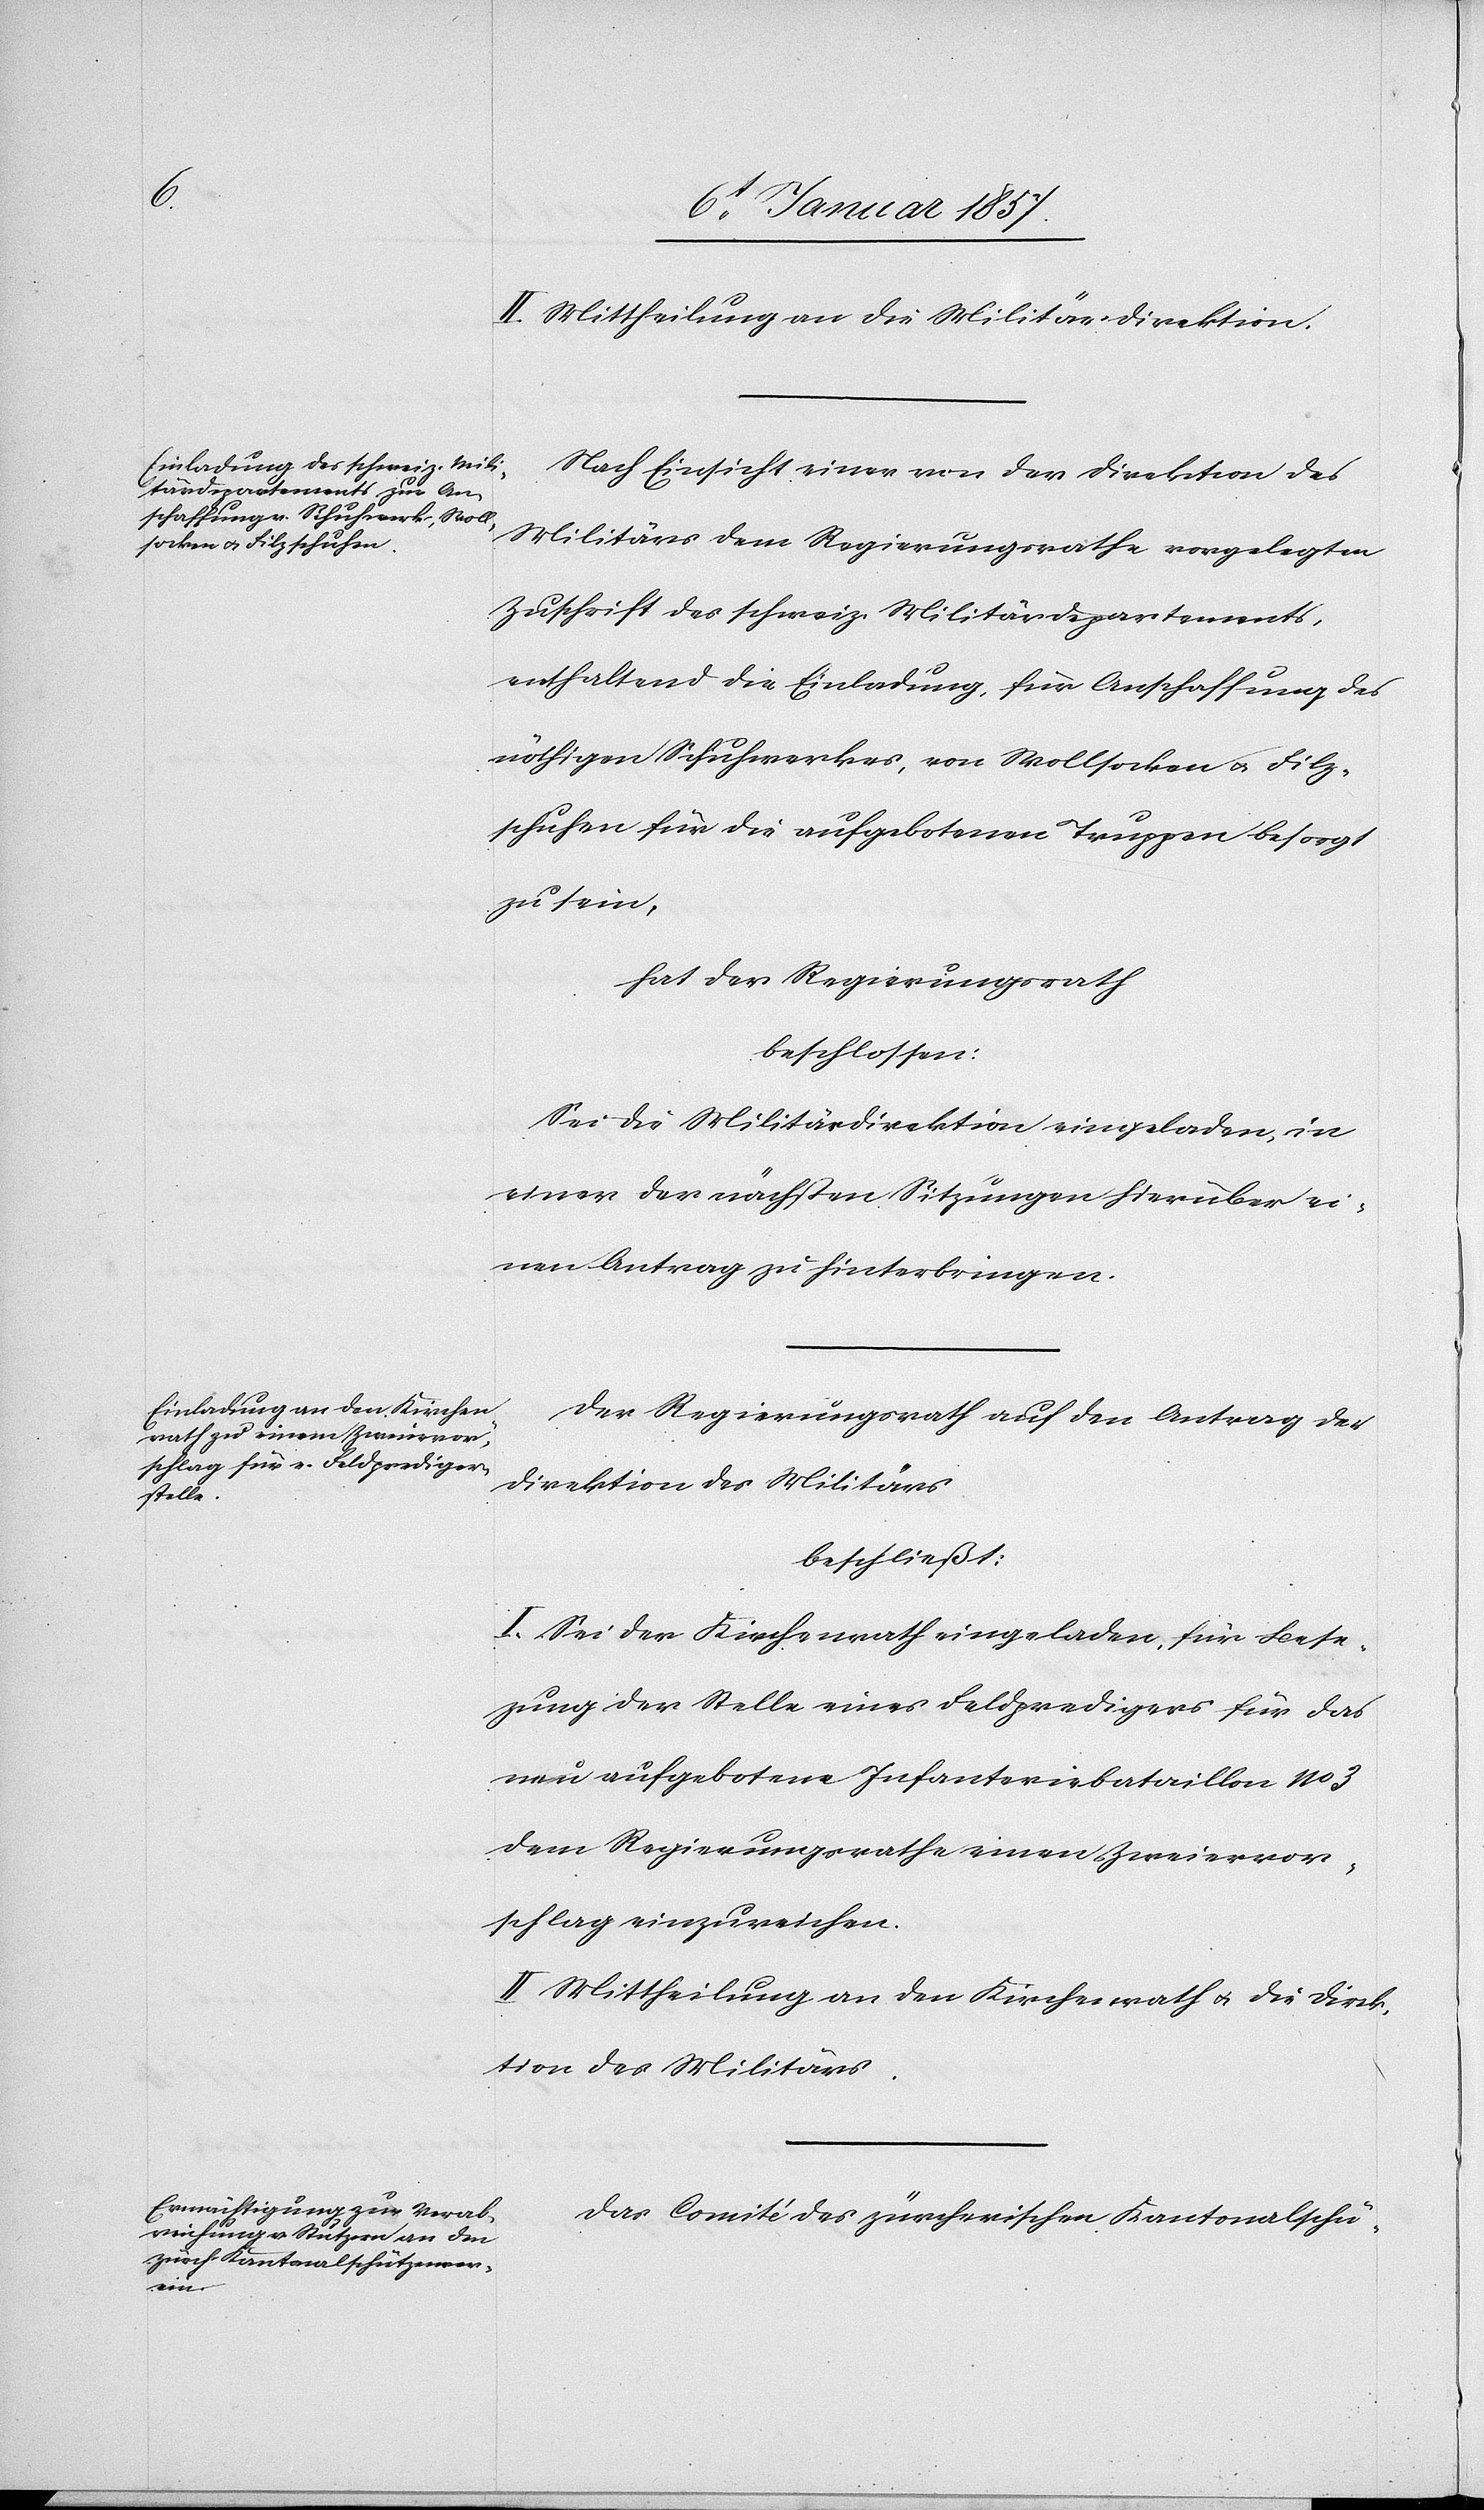
II. Mittheilung an die Militärdirektion.
Nach Einsicht einer von der Direktion des
Militärs dem Regierungsrathe vorgelegten
Zuschrift des schweiz. Militärdepartements,
enthaltend die Einladung, für Anschaffung des
nöthigen Schuhwerkes, von Wollsocken u. Filz¬
schuhen für die aufgebotenen Truppen besorgt
zu sein,
hat der Regierungsrath
beschlossen:
Sei die Militärdirektion eingeladen, in
einer der nächsten Sitzungen hierüber ei¬
nen Antrag zu hinterbringen.
Der Regierungsrath auf den Antrag der
Direktion des Militärs
beschließt:
I. Sei der Kirchenrath eingeladen, für Bese¬
zung der Stelle eines Feldpredigers für das
neu aufgebotene Infanteriebataillon No. 3
dem Regierungsrathe einen Zweiervor¬
schlag einzureichen.
II. Mittheilung an den Kirchenrath u. die Direk¬
tion des Militärs.
Das Comité des zürcherischen Kantonalschü-